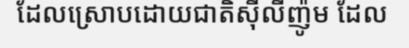
ដែលស្រោបដោយជាតិស៊ីលីញ៉ូម ដែល